Report on vaccination in Madras 1922-1929 - 1922-1929
Year: 1922
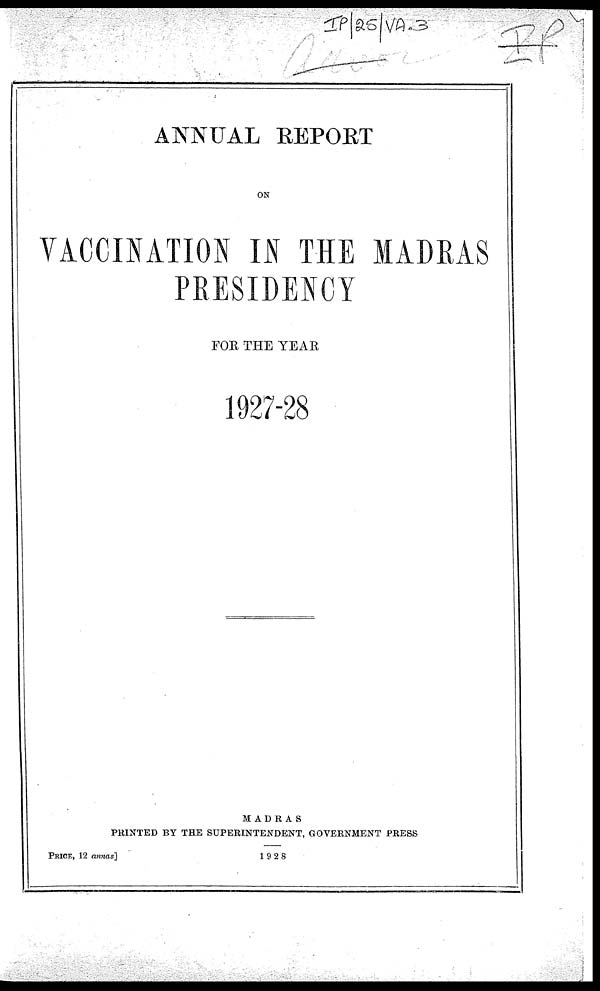
ANNUAL REPORT
ON
VACCINATION IN THE MADRAS
PRESIDENCY
FOR THE YEAR
1927-28
MADRAS
PRINTED BY THE SUPERINTENDENT, GOVERNMENT PRESS
1928
PRICE, 12 annas]